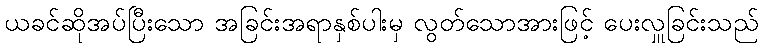
ယခင်ဆိုအပ်ပြီးသော အခြင်းအရာနှစ်ပါးမှ လွတ်သောအားဖြင့် ပေးလှူခြင်းသည်